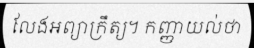
លែងអព្យាក្រឹត្យ។ កញ្ញាយល់ថា